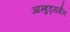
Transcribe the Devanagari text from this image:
आम्बुड्समैन